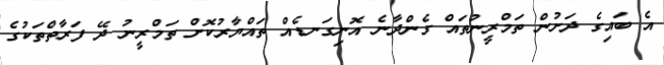
އެ ބައިގެ ދަށުން ތަމްރީނުތައް ގެންދާނެ އޮނިގަނޑެއް ތައްޔާރުކޮށް ތަމްރީނު ދޭ ފަރާތްތަކުގެ